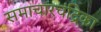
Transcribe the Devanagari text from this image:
समाचारचंद्रिका